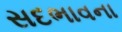
સદભાવના